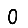
Digit: 0